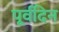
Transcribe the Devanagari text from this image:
पूर्वदिन